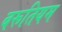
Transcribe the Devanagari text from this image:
बरूतियम